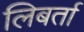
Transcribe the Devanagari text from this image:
लिबर्ता